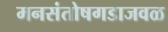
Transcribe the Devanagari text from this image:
मनसंतोषगडाजवळ